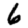
Digit: 6